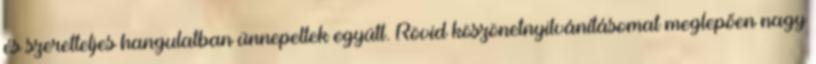
és szeretteljes hangulatban ünnepeltek együtt. Rövid köszönetnyilvánításomat meglepően nagy